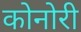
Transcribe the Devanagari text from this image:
कोनोरी